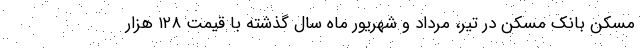
مسکن بانک مسکن در تیر، مرداد و شهریور ماه سال گذشته با قیمت ۱۲۸ هزار